Vital statistics of India. Vol. IV, Annual returns from 1871 to 1876. British Army of India, Native Army and jails of Bengal
Year: 1871
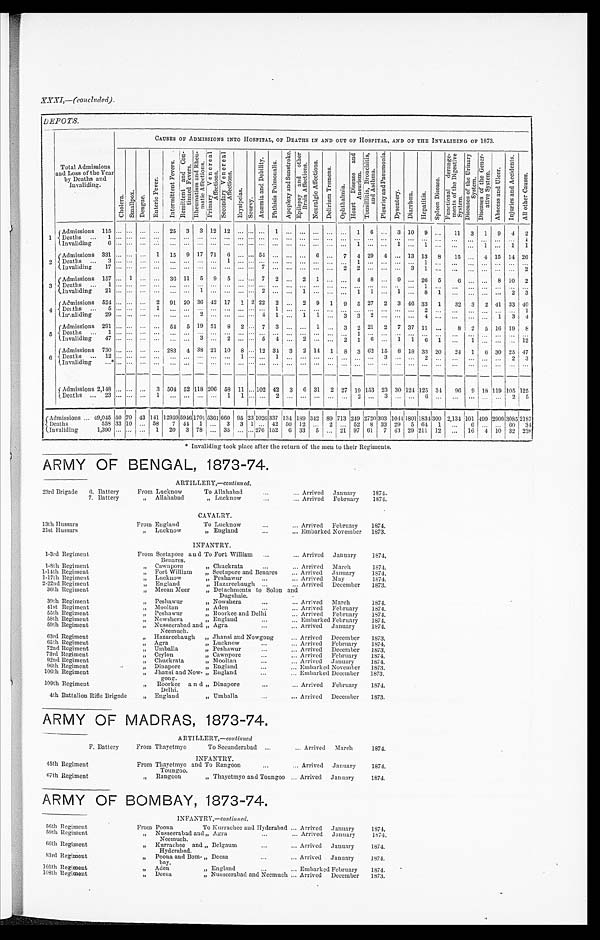
DEPOTS.
Total Admissions
and Loss of the Year
by Deaths and
Invaliding.
CAUSES OF ADMISSIONS INTO HOSPITAL, OF DEATHS IN AND OUT OF HOSPITAL, AND OF THE INVALIDING OF 1873.
C h o l e r a .
S m a l l p o x .
D e n g u e .
E n t e r i c F e v e r .
I n t e r m i t t e n t F e v e r s .
R e m i t t e n t a n d c o n - t i n u e d F e v e r s .
R e e u m a t i s m a n d R h e u - m a t i c A f f e c t i o n s .
P r i m a r y V e n e r e a l A f f e c t i o n s .
S e c o n d a r y V e n e r e a l A f f e c t i o n s .
E r y s i p e l a s .
S c u r v y .
A n æ m i a a n d D e b i l i t y .
P h t h i s i s P u l m o n a l i s .
A p o p l e x y a n d S u n s t r o k e . E p i l e p s y a n d o t h e r B r a i n A f f e c t i o n s .
N e u r a l g i c A f f e c t i o n s .
D e l i r i u m T r e m e n s .
O p h t h a l m i a .
H e a r t D i s e a s e a n d A n e u r i s m .
T o n s i l l i t i s , B r o n c h i t i s , a n d As t h ma .
P l e u r i s y a n d P u c u m o n i a .
D u s e n y t e r y .
Dirrhœa.
H e p a t i t i s .
S p l e e n D i s e a s e .
F u n c t i o n a l d e r a n g e - m e n t s o f t h e D i g e s t i v e S y s t e m .
D i s e a s e s o f t h e U r i n a r y S y s t e m .
Di s e a s e s o f t h e Ge n e r - a t i v e S y s t e m.
A b s c e s s a n d U l c e r .
I n j u r i e s a n d A c c i d e n t s .
A l l o t h e r C a u s e s .
1
A d m i s s i o n s 1 1 5
. . .
. . .
. . .
. . .
25
3
3 12 12
. . .
. . .
. . .
1
. . .
. . .
. . .
. . .
. . .
1
6
. . .
3 10
9
. . .
11
3
1
9
4
2
Deaths . . . 1
. . .
. . . . . . . . .
. . .
. . .
. . . . . .
. . .
. . . . . .
. . . . . .
. . .
. . .
. . .
. . .
. . .
. . .
. . . . . .
. . .
. . .
. . .
. . .
. . . . . . . . .
. . .
. . .
1
Invaliding 6
. . .
. . .. . .
. . .
. . .
. . .
. . . . . .
. . .
. . .
. . .
. . .
. . .
. . .
. . .
. . .
. . .
. . .
1
. . .
. . .
1
. . .
1
. . .
. . .. . .
1
. . .
1
1
2
Admissions 331
. . .
. . . . . .
1
15
9 17 71
6
. . . . . . 54
. . .
. . .
. . . 6
. . . 7
4 29
4
. . . 13 13
8
15
. . .
4 15 14 2 6
D e a t h s . . . 3
. . .
. . .. . .
. . . . . .
. . .
. . .. . .
1
. . . . . .
. . .
. . .
. . .
. . .
. . .
. . .
. . .
1
. . .
. . .
. . .
. . .
1
. . .
. . .. . .
. . .
. . .
. . .
. . .
Invaliding
17
. . .
. . . . . . . . . . . .
. . .
. . .. . .
. . .
. . . . . .
7
. . .
. . .
. . .
. . .
. . .
2
2
. . .
. . .
. . .
3
1
. . .
. . .. . .
. . .
. . .
. . .
2
3
Admissions 157
. . . 1 . . . . . .
36 11
5
9
5
. . . . . . 7
2
. . .
2
1
. . .
. . .
4
8
. . .
9
. . .
2 6
5
6
. . .
. . . 8 10
2
Deaths . . . 1
. . .
. . .. . . . . .
. . .
. . .
. . .. . .
. . .
. . . . . .
. . .
. . .
. . . . . .
. . .
. . .
. . .
. . .
. . .
. . .
. . .
. . .
1
. . .
. . .
. . .
. . .
. . .
. . .
. . .
I n v a l i d i n g 2 1
. . .
. . .. . . . . .
. . .
. . .
1 . . .
. . .
. . . . . .
2 . . .
. . .
. . .
1
. . .
. . .
. . . 1
1
. . .
1
. . . 8
1
. . .. . .
. . .
. . . 2
3
4
A d m i s s i o n s 5 2 4
. . .
. . . . . .
2
91 20 36 42 17
1 2 22
2
. . . 2
9
1
9
5 27
2
3 46
33
1
32
3
2 41 33
4 0
Deaths 5
. . .
. . .. . .
1
. . .
. . .
. . .. . .
. . .
. . . . . .
. . .
1
. . .
. . .
. . .
. . .
. . .
. . .
. . .
. . .
. . .
. . .
2
. . .
. . .
. . .
. . .. . . . . .
1
invaliding
29
. . .
. . .. . .
. . . . . .
. . .
2 . . .
. . .
. . . . . .
4
1
. . .
1
1
. . .
3
3
2
. . .
. . .
. . .
4
. . .
. . .
. . . . . . 1
3
4
5
Admissions 291
. . .
. . . . . .
. . .
54
5 19 51
8
2
. . . 7
3
. . .
. . .
1
. . . 3
2 21
2
7 37 11
. . .
8
2
5 16 19
8
Deaths . . . 1
. . .
. . . . . .
. . . . . .
. . .
. . .. . .
. . .
. . . . . .
. . .
. . .
. . .
. . .
. . .
. . .
. . .
1
. . .
. . . . . .
. . .
. . .
. . .
. . .
. . .
. . .. . . . . .
. . .
lnvaliding 47
. . .
. . . . . .
. . .
. . .
. . . 3 . . .
2
. . .
. . . 5
4
. . . 2
. . .
. . . 2
1
6
. . . 1
1
6 1
. . .
1
. . .. . . . . .
1 2
6
Admissions 730
. . .
. . . . . .
. . . 283
4 38 21 10
8
. . . 12 34
3
2 14 1
8
3 62 15
8 13 33 20
24
1
6
30 25 47
D e a t h s . . . 1 2
. . .
. . .. . .
. . .. . .
. . .
. . .. . .
. . .
1 . . .
. . .
1
. . .
. . .
. . .
. . .
. . .
. . .
. . .
3
. . .
. . .
2
. . .
. . .
. . .
. . .. . . 2
3
Invaliding . . .*
. . .
. . . . . .
. . .
. . .
. . .
. . .
. . .
. . .
. . .
. . .
. . .
. . .
. . .
. . .
. . .
. . .
. . .
. . .
. . .
. . .
. . .
. . .
. . .
. . .
. . .
. . .
. . . . . . . . .
. . .
Admissions 2,148
. . .
. . .
. . .
3 504 52 118 206 58 11
. . . 102 42
3
6 31
2 27 19 153 23 30 124 125 3 4
96
9
1 8
119 105 125
D e a t h s . . . 2 3
. . .
. . .. . .
1 . . .
. . .
. . .. . .
1
1 . . .
. . .
2
. . .
. . .
. . .
. . .
. . .
2
. . .
3
. . .
. . .
6
. . .
. . .
. . .
. . .
. . .
2
5
Admissions . . . 49,045 50 70 42 141 12959 59461701
5361
660 95
2 3
1 0 2 6
337 134 189 342 89 713
2 4 9
2720
3 0 3
1044
1 8 0 1
1834
3 0 0
2,134 101 499
29093085
2 1 8 7
Deaths 558 33 10 . . . 58
7 44
1 . . .
3
3
1
. . . 42 50 12
. . . 2
. . . 52
8 33 29
5 64
1
. . .
6
. . . . . . 60
34
Invaliding 1,390
. . .
. . .
. . .
1
20
3 78 . . . 35
. . .
. . .
2 7 6 152
6 33
5
. . . 21 97 61
7 43 29
2 1 1
12
. . .
16
4 10 32
2 3 8
* Invaliding took place after the return of the men to their Regiments.
ARMY OF BENGAL, 1873-74.
ARTILLERY,—continu ed.
23rd Brigade
6. Battery
From Lucknow
To Allahabad . . .
Arrived
January
1874.
7. Battery
" Allahabad
" Lucknow . . .
Arrived
February
1874.
CAVALRY.
13th Hussars
From England
To Lucknow . . .
Arrived
February
1874.
21st Hussars
" Lucknow
" England . . .
Embarked November
1873.
INFANTRY.
1-3rd Regiment
From Seetapore an d
Bemires.
To Fort William . . .
Arrived
January
1 8 7 4 .
1-8th Regiment
" Cawnpore
" Chuckrata . . .
Arrived March
1874.
1-14th Regiment
" Fort William
" Seetapore and Benares . . .
Arrived
January
1874.
1-17th Regiment
" Lucknow
" Peshawur . . .
Arrived
May
1874.
2-22nd Regiment
" England
„" Hazareebaugh . . .
Arrived
December
1873.
36th Regiment
" Meean Meer
" Detachments to Solon and
Dugshaie.
39th Regiment
" Peshawur
" Nowshera . . .
Arrived
March
1874.
41st Regiment
„" Mooltan
" M e n . . .
Arrived
February
1874.
55th Regiment
" Peshawur
" Roorkee and Delhi . . .
Arrived
February
1874.
58th Regiment
" Nowshera
" England . . .
Embarked February
1874.
59th Regiment
" Nusseerabad and
Neemuch.
...
" Agra . . .
Arrived
January
1874.
63rd Regiment
" Hazareebaugh
" Jhausi and Nowgong . . .
Arrived
December
1873.
65th Regiment
" Agra . . .
" L u c k n o w . . .
Arrived
February
1874.
72nd Regiment
" Umballa
" P e s h a w u r . . .
Arrived
December
1873.
73rd Regiment
" Ceylon
" C a w n p o r e . . .
Arrived
February
1874.
92nd Regiment
" Chuckrata
" Mooltan . . .
Arrived
January
1874.
96th Regiment
" Dinapore
" England . . .
Embarked November
1873.
106th Regiment
" Jhansi and Now
-gong.
" England . . .
Embarked December
1873.
109th Regiment
" Roorkee and
Delhi.
" Dinapore . . .
Arrived
February
1874.
4th Battalion Rifle Brigade
" England
" Umballa . . .
Arrived
December
1 8 7 3 .
ARMY OF MADRAS, 1873-74.
-
ARTILLERY,—con tinued
F. Battery
From Thayetmyo
To Secunderabad . . . Arrived
March
1874.
INFANTRY.
45th Regiment
From Thayetmyo and
Toungoo.
'T'o Rangoon . . . Arrived
January
1874.
67th Regiment
" Rangoon
" Thayetmyo and Toungoo . . . Arrived
January
1874.
ARMY OF BOMBAY, 1873-74.
INFANTRY , -continued.
56th Regiment
From Poona
To Kurrachee and Hyderabad . . . Arrived January
1874.
59th Regiment
" Nusseerabad and
Neemuch.
" Agra . . . Arrived
January
1874.
66th Regiment
Kurrachee and
Hyderabad.
" Belgaum . . . Arrived
January
1874.
83rd Regiment
" Poona and Bo
m-bay.
" Deesa . . . Arrived
January
1874.
105th Regiment
" A d e n
" England . . . Embarked February
1874.
108th Regiment
" Deesa
"Nusseerabad and Neemuch . . . Arrived
December
1873.